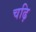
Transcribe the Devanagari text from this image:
चढ़ि